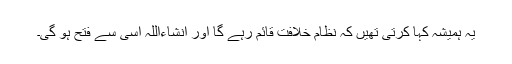
یہ ہمیشہ کہا کرتی تھیں کہ نظام خلافت قائم رہے گا اور انشاءاللہ اسی سے فتح ہو گی۔